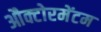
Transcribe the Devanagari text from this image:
औक्टोरमेंटम